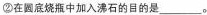
②在圆底烧瓶中加入沸石的目的是___。